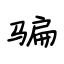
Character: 骗